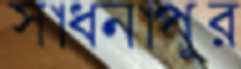
সাধনাপুর